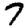
Digit: 7